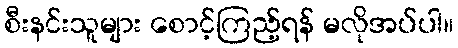
စီးနင်းသူများ စောင့်ကြည့်ရန် မလိုအပ်ပါ။